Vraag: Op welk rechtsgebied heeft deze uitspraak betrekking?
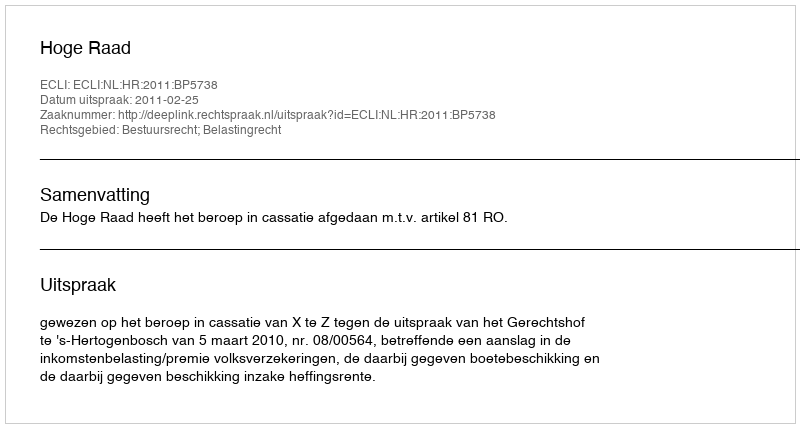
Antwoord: Bestuursrecht; Belastingrecht